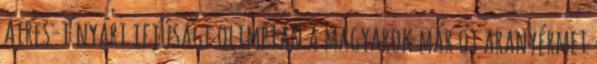
Aires-i nyári ifjúsági olimpián a magyarok már öt aranyérmet